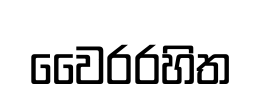
වෛරරහිත